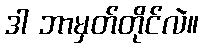
ဒါ ဘာမှတ်တိုင်လဲ။